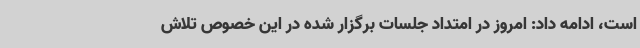
است، ادامه داد: امروز در امتداد جلسات برگزار شده در این خصوص تلاش